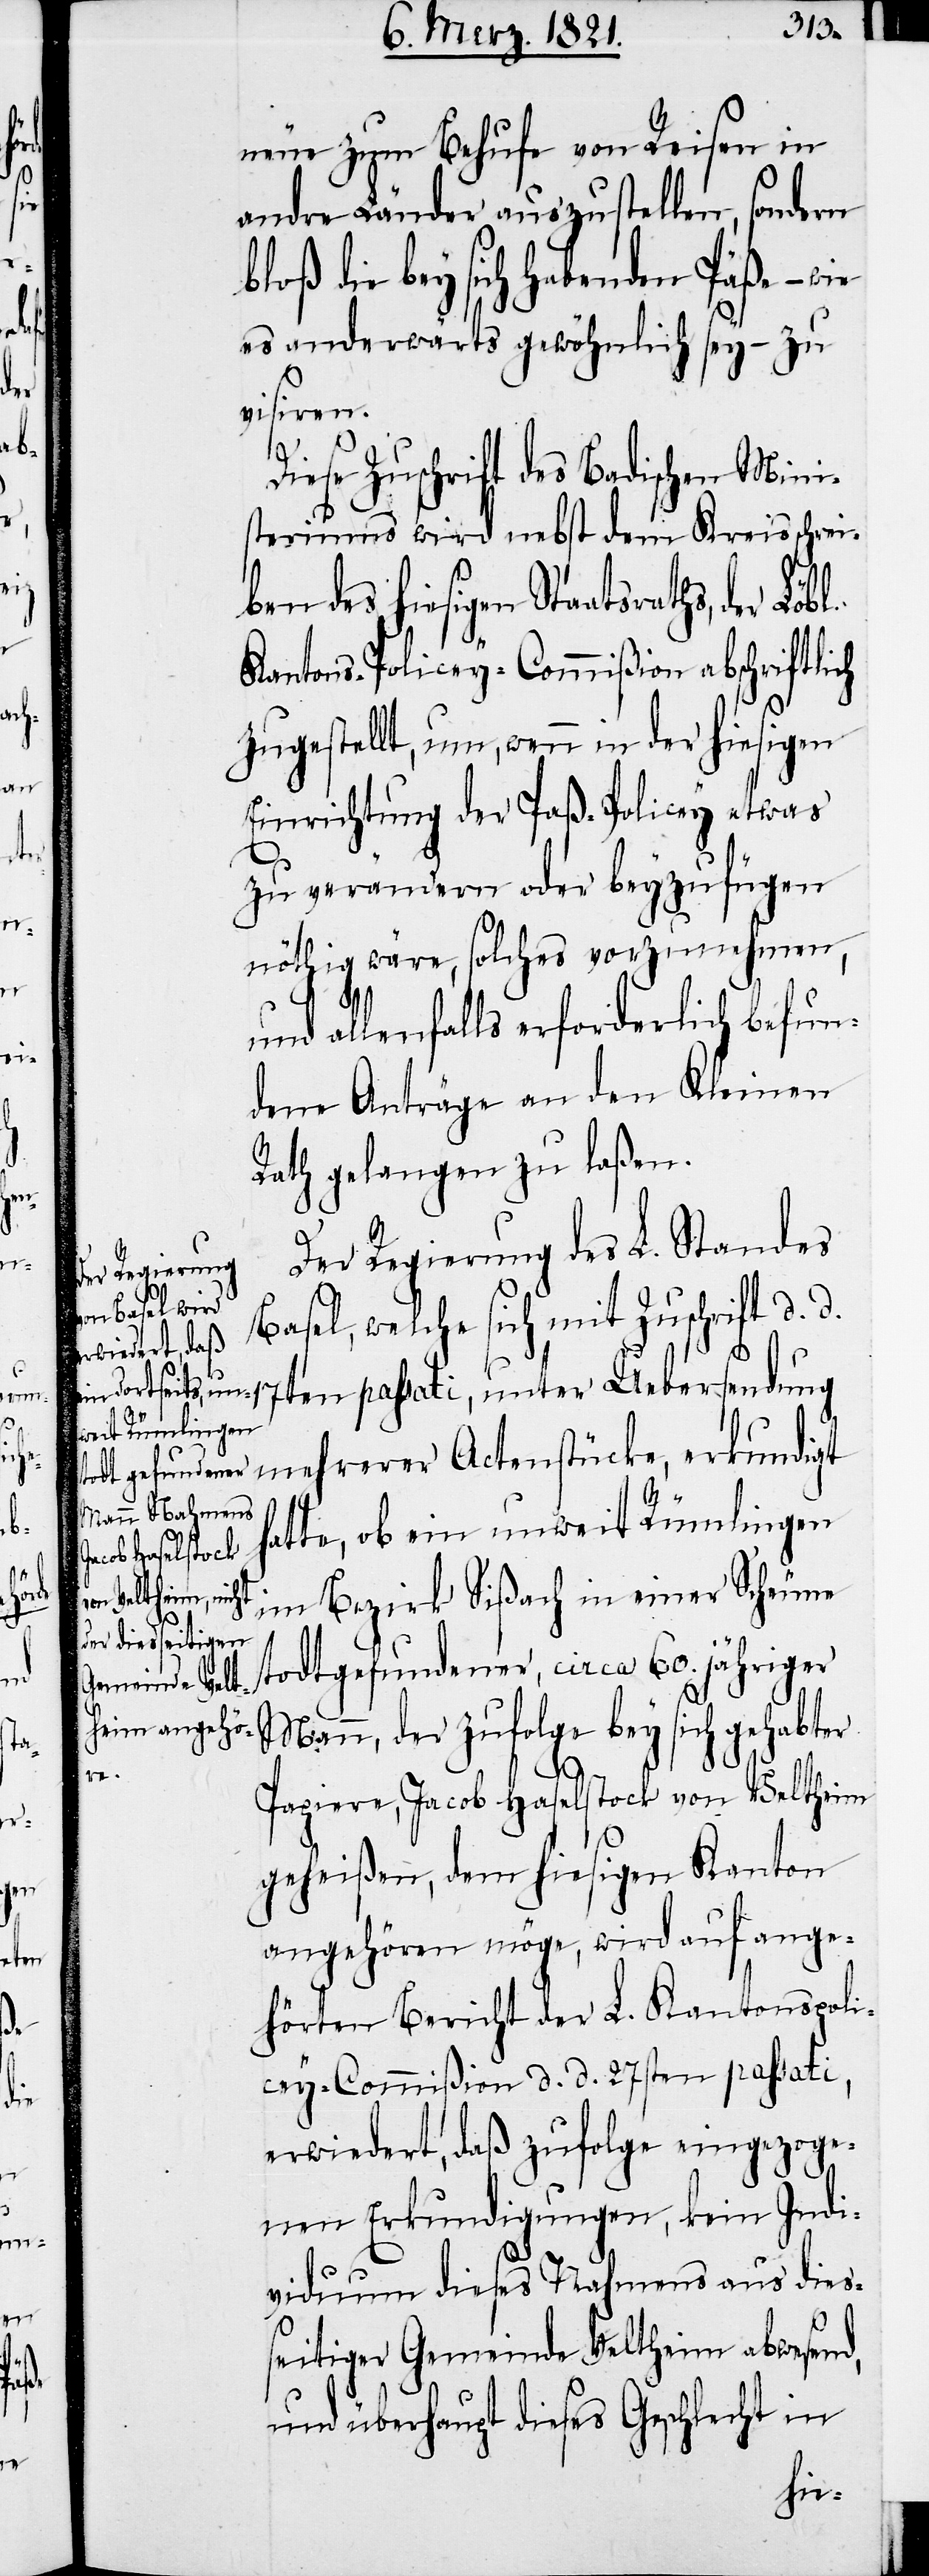
unt¬

neue zum Behufe von Reisen in
andre Länder auszustellen, sondern
bloß die bey sich habenden Päße –
es anderwärts gewöhnlich sey – zu
visiren.
Diese Zuschrift des Badischen Mini¬
steriums wird nebst dem Kreisschrei¬
ben des hiesigen Staatsrathes, der
Kantons-Policey-Commißion abschriftlich
zugestellt, um, wenn in der hiesigen
Einrichtung der Paß-Policey etwas
zu verändern oder beyzufügen
nöthig wäre, solches vorzunehmen,
und allenfalls erforderlich befun¬
dene Anträge an den Kleinen
Rath gelangen zu laßen.
Der Regierung des L. Standes
Basel, welche sich mit Zuschrift d. d.
mehrerer Actenstücke, erkundigt
hatte, ob ein unweit Rümlingen
er Uebersendung
im Bezirk Sißach in einer Scheune
todtgefundener, circa 60. jähriger
Mann, der zufolge bey sich gehabter
Papiere, Jacob Haselstock von Veltheim
geheißen, dem hiesigen Kanton
angehören möge, wird auf ange¬
hörten Bericht der L. Kantonspoli¬
cey-Commißion d. d. 27sten passati,
erwiedert, daß zufolge eingezoge¬
nen Erkundigungen, kein Indi¬
viduum dieses Nahmens aus dies¬
seitiger Gemeinde Veltheim abwesend,
und überhaupt dieses Geschlecht in